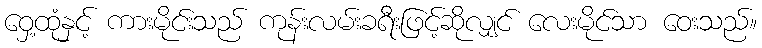
ဝှေ့ထုံနှင့် ကားမိုင်းသည် ကုန်းလမ်းခရီးဖြင့်ဆိုလျှင် လေးမိုင်သာ ဝေးသည်။